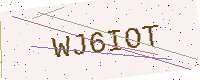
Text: WJ6IOT